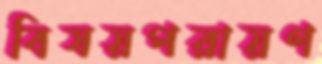
বিষয়পরায়ণ